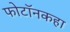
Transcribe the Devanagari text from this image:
फोटॉनकहा